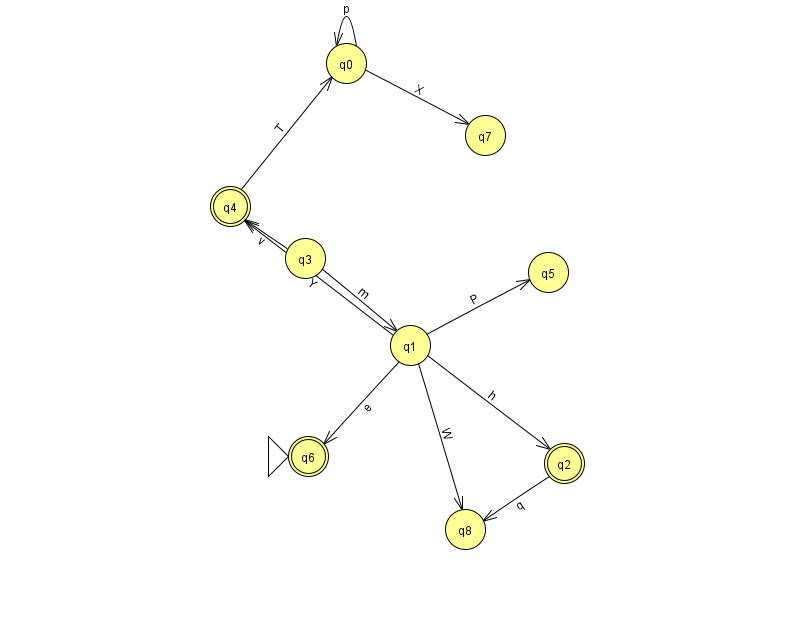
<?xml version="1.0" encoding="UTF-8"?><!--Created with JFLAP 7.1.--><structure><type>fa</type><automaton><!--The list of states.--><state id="0" name="q0"><x>346.0</x><y>50.0</y></state><state id="1" name="q1"><x>410.0</x><y>332.0</y></state><state id="2" name="q2"><x>564.0</x><y>450.0</y><final/></state><state id="3" name="q3"><x>305.0</x><y>245.0</y></state><state id="4" name="q4"><x>230.0</x><y>193.0</y><final/></state><state id="5" name="q5"><x>548.0</x><y>259.0</y></state><state id="6" name="q6"><x>308.0</x><y>443.0</y><initial/><final/></state><state id="7" name="q7"><x>485.0</x><y>122.0</y></state><state id="8" name="q8"><x>465.0</x><y>516.0</y></state><!--The list of transitions.--><transition><from>0</from><to>0</to><read>p</read></transition><transition><from>0</from><to>7</to><read>X</read></transition><transition><from>1</from><to>5</to><read>P</read></transition><transition><from>1</from><to>4</to><read>Y</read></transition><transition><from>3</from><to>1</to><read>m</read></transition><transition><from>1</from><to>6</to><read>e</read></transition><transition><from>1</from><to>8</to><read>W</read></transition><transition><from>1</from><to>2</to><read>h</read></transition><transition><from>2</from><to>8</to><read>q</read></transition><transition><from>3</from><to>4</to><read>v</read></transition><transition><from>4</from><to>0</to><read>T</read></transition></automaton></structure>